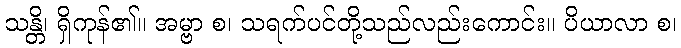
သန္တိ၊ ရှိကုန်၏။ အမ္ဗာ စ၊ သရက်ပင်တို့သည်လည်းကောင်း။ ပိယာလာ စ၊